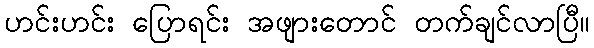
ဟင်းဟင်း ပြောရင်း အဖျားတောင် တက်ချင်လာပြီ။